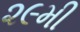
૨૯મી